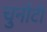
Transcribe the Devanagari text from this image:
चुनौटी